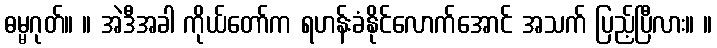
ဓမ္မဂုတ်။ ။ အဲဒီအခါ ကိုယ်တော်က ရဟန်းခံနိုင်လောက်အောင် အသက် ပြည့်ပြီလား။ ။